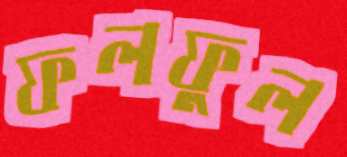
ফলফুল